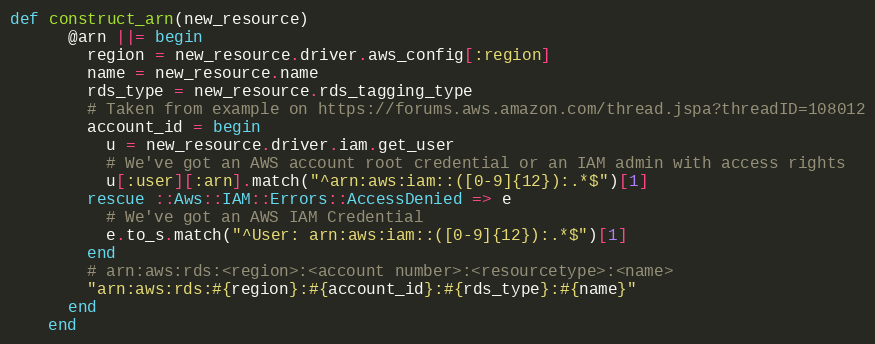
Language: Ruby
def construct_arn(new_resource)
      @arn ||= begin
        region = new_resource.driver.aws_config[:region]
        name = new_resource.name
        rds_type = new_resource.rds_tagging_type
        # Taken from example on https://forums.aws.amazon.com/thread.jspa?threadID=108012
        account_id = begin
          u = new_resource.driver.iam.get_user
          # We've got an AWS account root credential or an IAM admin with access rights
          u[:user][:arn].match("^arn:aws:iam::([0-9]{12}):.*$")[1]
        rescue ::Aws::IAM::Errors::AccessDenied => e
          # We've got an AWS IAM Credential
          e.to_s.match("^User: arn:aws:iam::([0-9]{12}):.*$")[1]
        end
        # arn:aws:rds:<region>:<account number>:<resourcetype>:<name>
        "arn:aws:rds:#{region}:#{account_id}:#{rds_type}:#{name}"
      end
    end